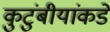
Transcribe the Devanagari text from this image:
कुटुंबीयांकडे